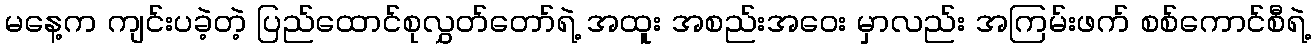
မနေ့က ကျင်းပခဲ့တဲ့ ပြည်ထောင်စုလွှတ်တော်ရဲ့ အထူး အစည်းအဝေး မှာလည်း အကြမ်းဖက် စစ်ကောင်စီရဲ့